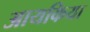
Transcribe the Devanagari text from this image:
आयकिया